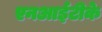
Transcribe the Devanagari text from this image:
एनआईटीके